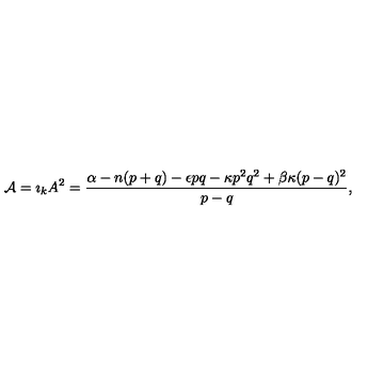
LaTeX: { \cal A } = { \imath } _ { k } A ^ { 2 } = \frac { \alpha - n ( p + q ) - \epsilon p q - \kappa p ^ { 2 } q ^ { 2 } + \beta \kappa ( p - q ) ^ { 2 } } { p - q } ,